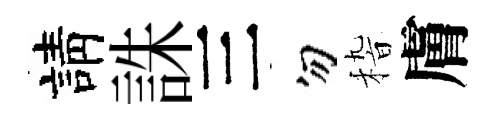
請誅三勿𥟵膚